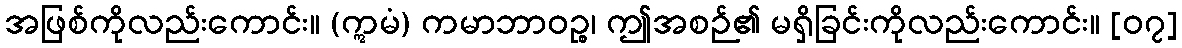
အဖြစ်ကိုလည်းကောင်း။ (ဣမံ) ကမာဘာဝဉ္စ၊ ဤအစဉ်၏ မရှိခြင်းကိုလည်းကောင်း။ [၀၇]